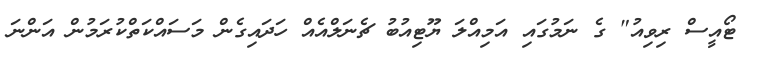
ޓޯއީސް ރިވިއު" ގެ ނަމުގައި އަމިއްލަ ޔޫޓިއުބު ޗެނަލްއެއް ހަދައިގެން މަސައްކަތްކުރަމުން އަންނަ